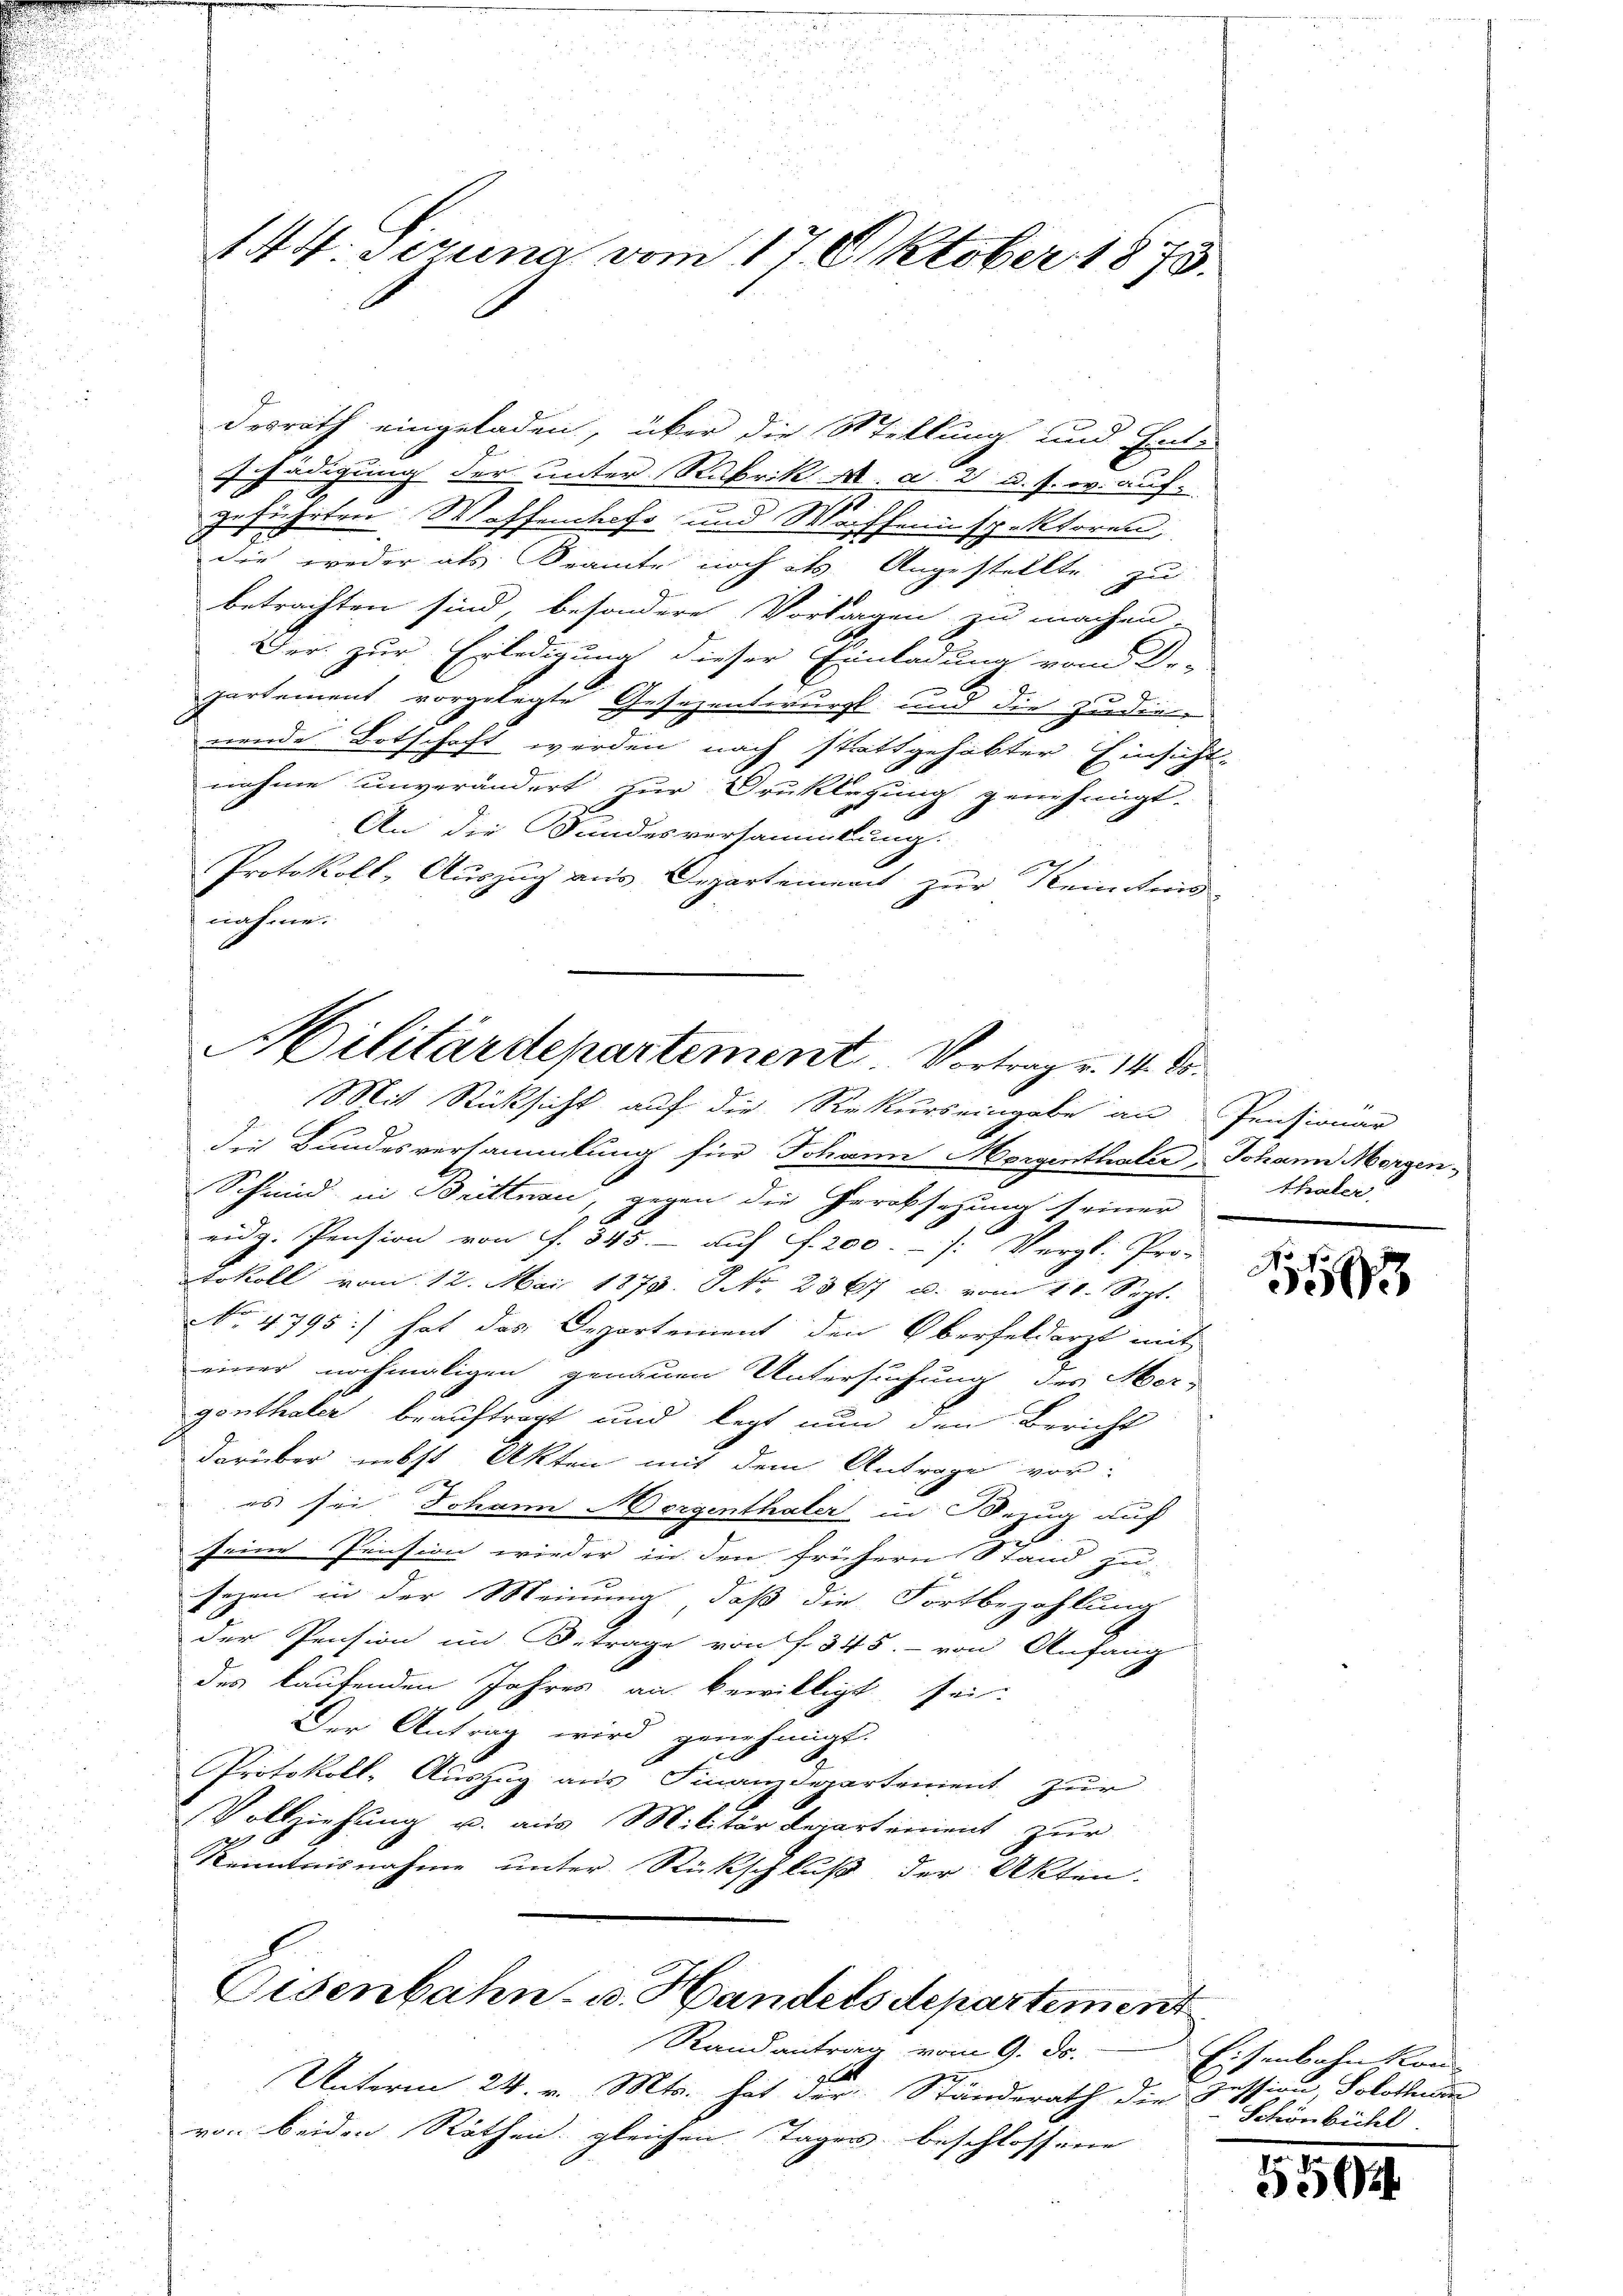
144. Sezuna vom 17. Oktober 1875

desrath eingeladen, über die Stellung und Ent-
Schädigung der unter Rubrik d. d. 2 u. s. w. aufgeführten Waffenchefs und Waffenspektoren,
die weder als Kramte noch als Angestellte zu
betrachten sind, besondere Vortragen zu machen.
Der. zur Erledigung dieser Einladung vom Dr.
partement vorgelegte Gesezentwurf um die Zudie-
nende Botschaft werden nach stattgehabter Einsicht-
nahme unverändert zur Druklegung genehmigt.
An die Sandesversammlung.
Protokoll, Auszug aus Departement zur Kenntnis-
nahme.
ilitärdepartement. Vortrag v. 14. ds.

Mit Rücksicht auf die Rekurs eingabe an

die Bundesversammlung für Johann Morgenthaler, Johann Morgen-
Schmid in Brittnau, gegen die Herabsazung seiner
eidg. Pension von f. 345. - auf S. 200.- (: Vergl. Pro-
tokoll vom 12. Mai 1874. No. 2367 u. vom 11. Sept.
No 4795:) hat das Departement den Oberfeldarzt mit
einer nochmaligen genauen Untersuchung des Mer-
genthaler beauftragt und legt nun den Bericht
darüber nebst Akten mit dem Antrage vor-
es sei, Johann Morgenthaler in Bezug auf
1
seine Pension wieder in den frühern Stand zu
sezen in der Meinung, daß die Fortbezahlung
der Pension im Betrage von f. 345. - von Anfang
des laufenden Jahres an bewilligt sei.
 x
Der Antrag wird genehmigt.
Protokoll- Auszug aus Finanzdepartement zur
Vollziehung u. aus Militär Repartement zur
Kenntnisnahme unter Rückschluß der Akten.
Eisenbahn- u. Handels departement
Randantrag vom 9. d.
e
Unterm 24. v. Mts. hat der Ständerath die Zession, Solothur
von beiden Räthen gleichen Tages beschlossene

Pensionar
thaler

10

Eisenbahn kon¬
Schönbichl

550